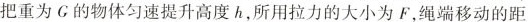
把重为G的物体匀速提升高度h，所用拉力的大小为F，绳端移动的距